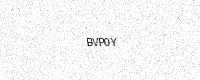
Text: BVP0Y